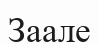
Заале